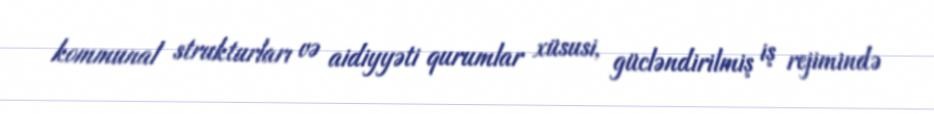
kommunal strukturları və aidiyyəti qurumlar xüsusi, gücləndirilmiş iş rejimində